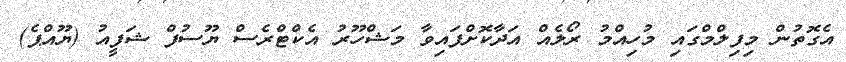
އެގޮތުން މިފިލްމްގައި މުހިއްމު ރޯލެއް އަދާކޮށްފައިވާ މަޝްހޫރު އެކްޓްރެސް ޔޫސުފް ޝަފީއު (ޔޫއްޕެ)